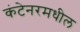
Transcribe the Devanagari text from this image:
कंटेनरमधील